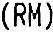
(RM)